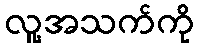
လူ့အသက်ကို